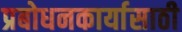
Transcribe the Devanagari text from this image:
प्रबोधनकार्यासाठी